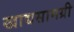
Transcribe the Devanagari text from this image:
खाद्यसामग्री